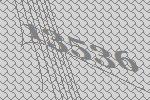
13536